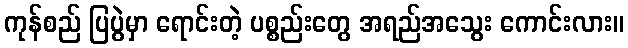
ကုန်စည် ပြပွဲမှာ ရောင်းတဲ့ ပစ္စည်းတွေ အရည်အသွေး ကောင်းလား။